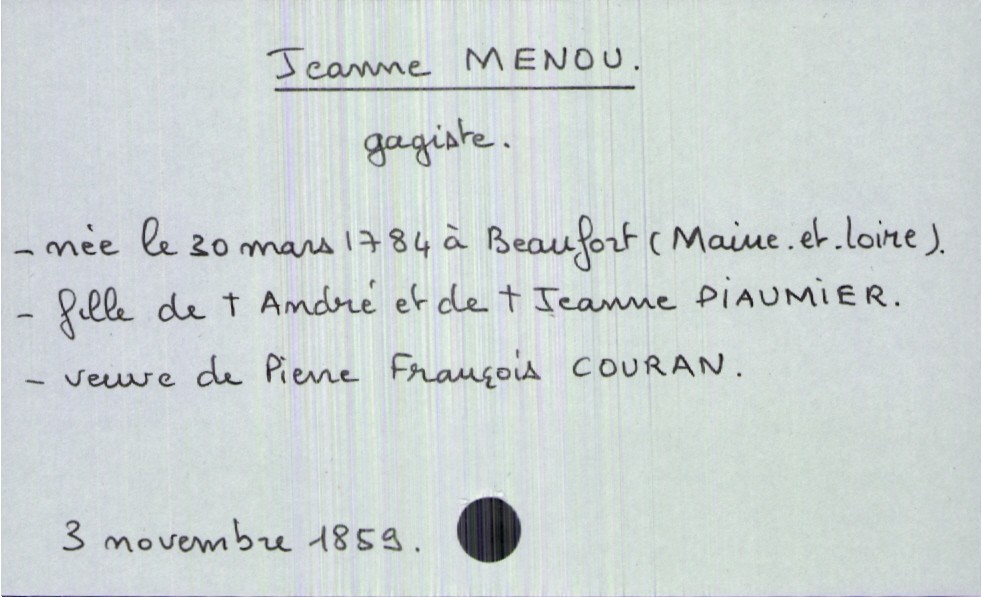
type_acte: Décès
année: 1859
mois: novembre
jour: 3
défunt_nom: Menou
défunt_prénom: Jeanne
défunt_sexe: F
défunt_date_de_naissance: 30 mars 1784
défunt_lieu_de_naissance: Beaufort (Maine-et-Loire)
défunt_statut: veuf(ve)
père_défunt_nom: Menou
père_défunt_prénom: André
père_défunt_statut: décédé
mère_défunt_nom: Piaumier
mère_défunt_prénom: Jeanne
mère_défunt_statut: décédée